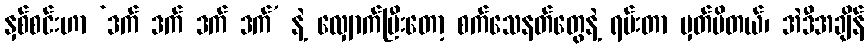
နှစ်စင်းဟာ ‘ဒက် ဒက် ဒက် ဒက်’ နဲ့ လျှောက်ပြီးတော့ စက်သေနတ်တွေနဲ့ ရမ်းတာ မှတ်မိတယ်၊ အဲဒီအချိန်